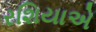
રશિયાએ